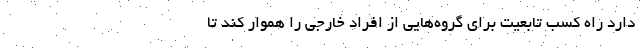
دارد راه کسب تابعیت برای گروه‌هایی از افراد خارجی را هموار کند تا